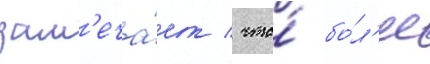
зам'еча́ет / что́ бо́л'ее